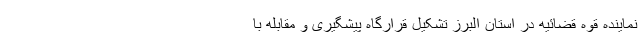
نماینده قوه قضائیه در استان البرز تشکیل قرارگاه پیشگیری و مقابله با